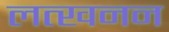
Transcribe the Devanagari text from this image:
लत्खनन